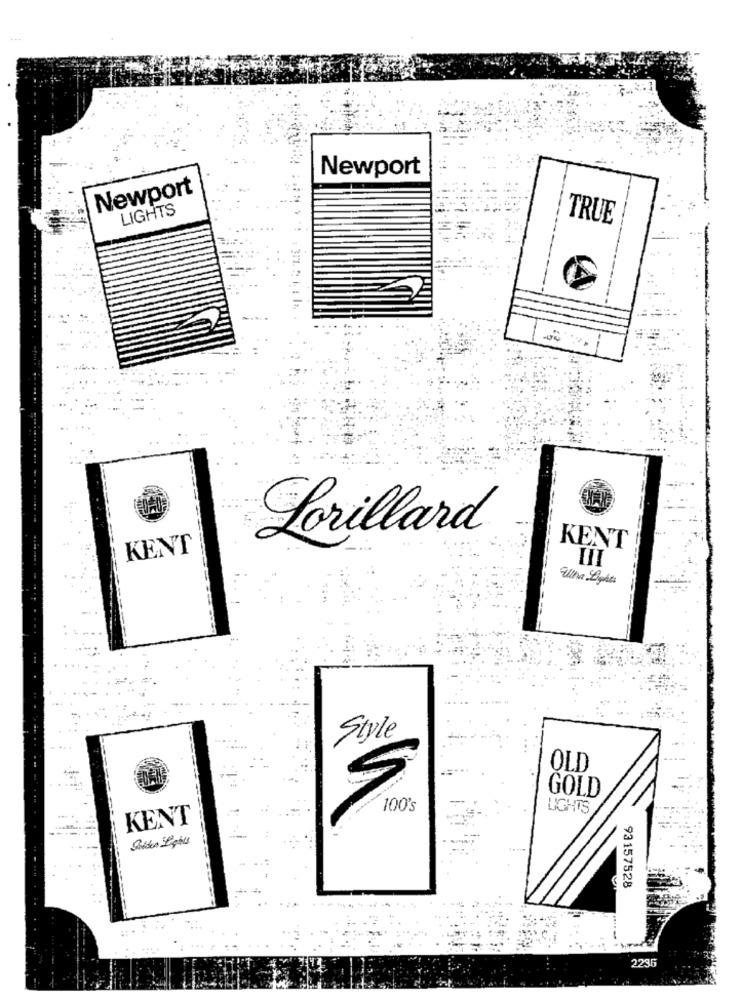
Newport
Newport
LIGHTS
TRUE
Lorillard
KENT
KENT
Una Lights
Style
OLD
GOLD
100's
LIGHTS
KENT
93157528
2235